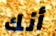
أنك